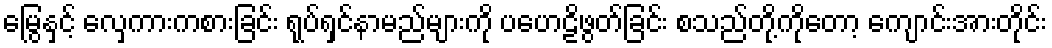
မြွေနှင့် လှေကားကစားခြင်း ရုပ်ရှင်နာမည်များကို ပဟေဠိဖွတ်ခြင်း စသည်တို့ကိုတော့ ကျောင်းအားတိုင်း